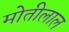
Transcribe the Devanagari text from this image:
माेतीलाल